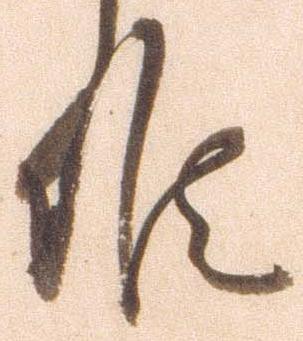
候